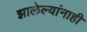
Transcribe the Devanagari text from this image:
झालेल्यांनाही